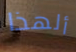
ألهذا